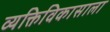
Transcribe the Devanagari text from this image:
व्यक्तिविकासाला